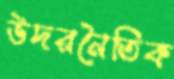
উদরনৈতিক